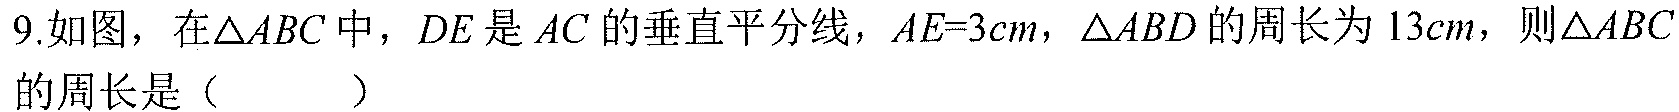
9.如图，在\(\triangle ABC\)中，\(DE\)是\(AC\)的垂直平分线，\(AE = 3cm\)，\(\triangle ABD\)的周长为\(13cm\)，则\(\triangle ABC\)的周长是（  ）